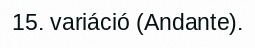
15. variáció (Andante).